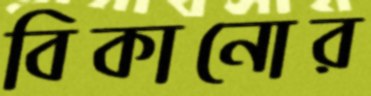
বিকানোর